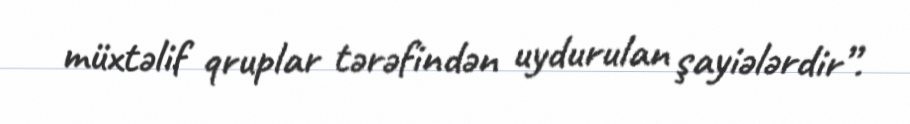
müxtəlif qruplar tərəfindən uydurulan şayiələrdir”.